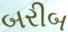
બરીબ